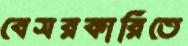
বেসরকারিতে